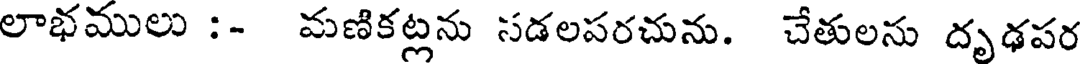
లాభములు :- మణికట్లను సడలపరచును. చేతులను దృఢపర